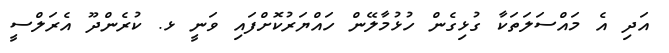
އަދި އެ މައްސަލަތަކާ ގުޅިގެން ހުޅުމާލޭން ހައްޔަރުކޮށްފައި ވަނީ ޅ. ކުރެންދޫ އެރަލްސީ